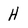
Character: H